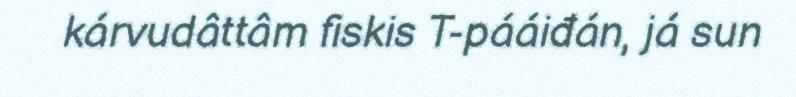
kárvudâttâm fiskis T-pááiđán, já sun